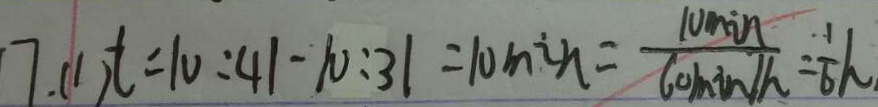
7 . ( 1 ) t = 1 0 : 4 1 - 1 0 : 3 1 = 1 0 \min = \frac { 1 0 0 \min } { 6 0 \min / h } = \frac { 1 } { 6 } h